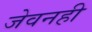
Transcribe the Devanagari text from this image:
जेवनही